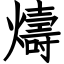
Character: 燽